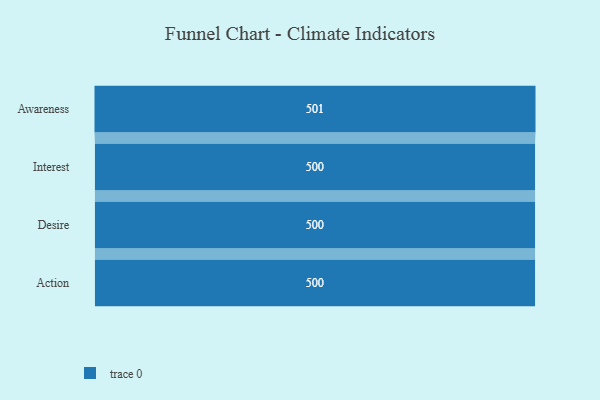
{"axis": {"x": "Stage", "y": "Value"}, "legend": [""], "data": [{"x": "Awareness", "y": 501.0, "type": ""}, {"x": "Interest", "y": 500, "type": ""}, {"x": "Desire", "y": 500, "type": ""}, {"x": "Action", "y": 500, "type": ""}]}